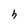
Character: h